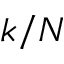
k / N